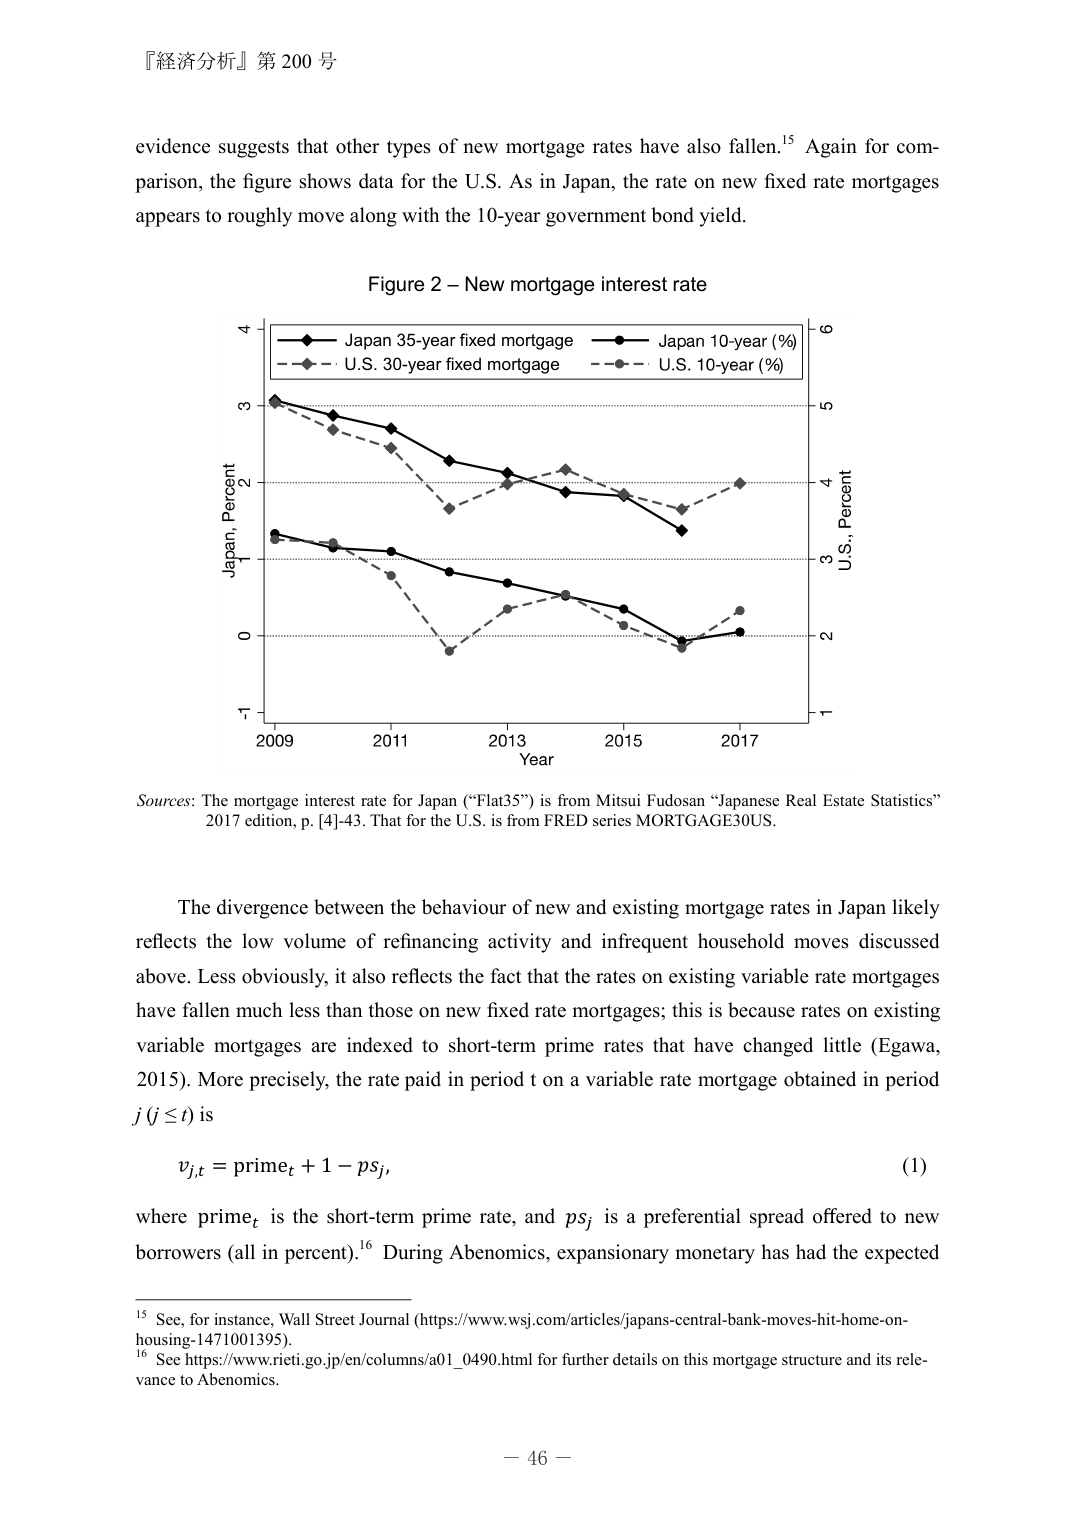
『経済分析』第 200 号

evidence suggests that other types of new mortgage rates have also fallen.¹⁵ Again for comparison, the figure shows data for the U.S. As in Japan, the rate on new fixed rate mortgages appears to roughly move along with the 10-year government bond yield.

Figure 2 – New mortgage interest rate

Japan, Percent
U.S., Percent

Year

2009 2011 2013 2015 2017

- Japan 35-year fixed mortgage
- Japan 10-year (%)
- U.S. 30-year fixed mortgage
- U.S. 10-year (%)

Sources: The mortgage interest rate for Japan (“Flat35”) is from Mitsui Fudosan “Japanese Real Estate Statistics” 2017 edition, p. [4]-43. That for the U.S. is from FRED series MORTGAGE30US.

The divergence between the behaviour of new and existing mortgage rates in Japan likely reflects the low volume of refinancing activity and infrequent household moves discussed above. Less obviously, it also reflects the fact that the rates on existing variable rate mortgages have fallen much less than those on new fixed rate mortgages; this is because rates on existing variable mortgages are indexed to short-term prime rates that have changed little (Egawa, 2015). More precisely, the rate paid in period t on a variable rate mortgage obtained in period j (j ≤ t) is

v_{j,t} = prime_t + 1 - ps_j,

where prime_t is the short-term prime rate, and ps_j is a preferential spread offered to new borrowers (all in percent).¹⁶ During Abenomics, expansionary monetary has had the expected

¹⁵ See, for instance, Wall Street Journal (https://www.wsj.com/articles/japans-central-bank-moves-hit-home-on-housing-1471001395).

¹⁶ See https://www.rieti.go.jp/en/columns/a01_0490.html for further details on this mortgage structure and its relevance to Abenomics.

– 46 –